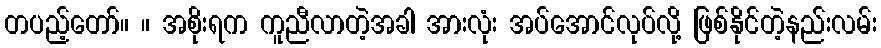
တပည့်တော်။ ။ အစိုးရက ကူညီလာတဲ့အခါ အားလုံး အပ်အောင်လုပ်လို့ ဖြစ်နိုင်တဲ့နည်းလမ်း